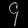
Digit: ၄